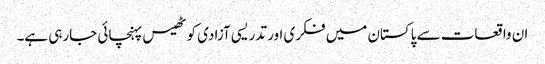
ان واقعات سے پاکستان میں فکری اور تدریسی آزادی کو ٹھیس پہنچائی جارہی ہے۔